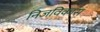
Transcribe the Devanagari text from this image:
निजविकास